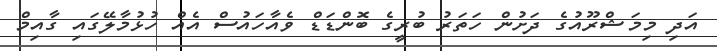
އަދި މިމަޝްރޫއުގެ ދަށުން ހަތަރު ބުރީގެ ބޮންޑަޑް ވެއާހައުސް އެއް ހުޅުމާލޭގައި ގާއިމް